Report on sanitation, dispensaries, and jails in Rajputana for 1916, and on vaccination for the year 1916-1917 - 1916-1917
Year: 1916
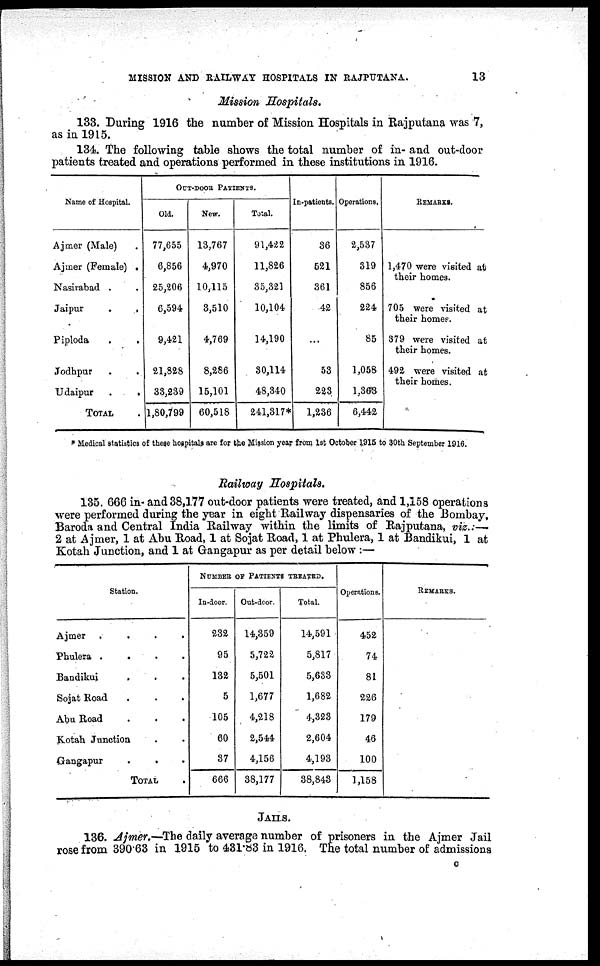
MISSION AND RAILWAY HOSPITALS IN RAJPUTANA.
13
Mission Hospitals.
133. During 1916 the number of Mission Hospitals in Rajputana was 7,
as in 1915.
134. The following table shows the total number of in- and out-door
patients treated and operations performed in these institutions in 1916.
Name of Hospital.
Ajmer (Male) .
Ajmer (Female) .
Nasirabad .
Jaipur . .
Piploda
.
.
Jodhpur . .
Udaipur
.
.
TOTAL .
OUT-DOOR PATIENTS.
Old.
77,655
6,856
25,206
6,594
9,421
21,828
33,239
1,80,799
New.
13,767
4,970
10,115
3,510
4,769
8,286
15,101
60,518
Total.
91,422
11,826
35,321
10,104
14,190
30,114
48,340
241,317*
In-patients.
36
521
361
42
...
53
223
1,236
Operations.
2,537
319
856
224
85
1,058
1,363
6,442
REMARKS.
1,470 were visited at
their homes.
705 were visited at
their homes.
379 were visited at
their homes.
492 were visited at
their homes.
* Medical statistics of these hospitals are for the Mission year from 1st October 1915 to 30th September 1916.
Railway Hospitals.
135. 666 in- and 38,177 out-door patients were treated, and 1,158 operations
were performed during the year in eight Railway dispensaries of the Bombay,
Baroda and Central India Railway within the limits of Rajputana, viz.:—
2 at Ajmer, 1 at Abu Road, 1 at Sojat Road, 1 at Phulera, 1 at Bandikui, 1 at
Kotah Junction, and 1 at Gangapur as per detail below :—
Station.
Ajmer
.
.
.
.
Phulera . . .
Bandikui . . .
Sojat Road . . .
Abu Road . . .
Kotah Junction . .
Gangapur . . .
TOTAL .
NUMBER OF PATIENTS TREATED.
In-door.
232
95
132
5
105
60
37
666
Out-door.
14,359
5,722
5,501
1,677
4,218
2,544
4,156
38,177
Total.
14,591
5,817
5,633
1,682
4,323
2,604
4,193
38,843
Operations.
452
74
81
226
179
46
100
1,158
REMARKS.
JAILS.
136. Ajmer.—The daily average number of prisoners in the Ajmer Jail
rose from 390.63 in 1915 to 431.83 in 1916. The total number of admissions
C